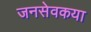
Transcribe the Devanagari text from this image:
जनसेवकया